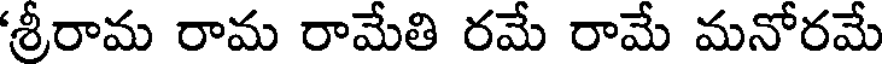
శ్రీరామ రామ రామేతి రమే రామే మనోరమే